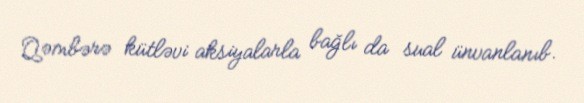
Qəmbərə kütləvi aksiyalarla bağlı da sual ünvanlanıb.